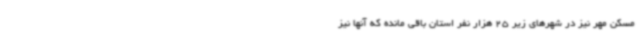
مسکن مهر نیز در شهرهای زیر 25 هزار نفر استان باقی مانده که آنها نیز